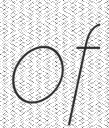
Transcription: of